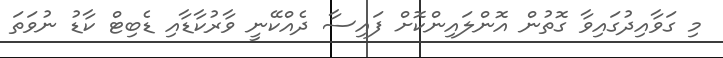
މި ގަވާއިދުގައިވާ ގޮތުން އޮންލައިންކޮށް ފައިސާ ދެއްކޭނީ ވާރުކާޑާއި ޑެބިޓް ކާޑު ނުވަތަ